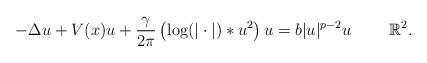
LaTeX: \begin{align*}-\Delta u + V(x)u + \frac{\gamma}{2\pi} \left(\log(|\cdot|) \ast u^2 \right)u = b |u|^{p-2}u \qquad\ \mathbb{R}^2.\end{align*}